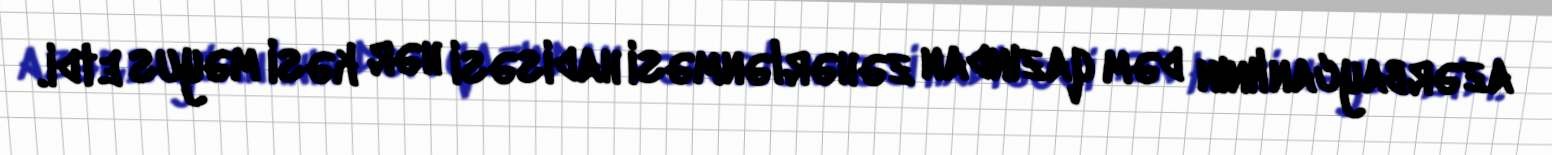
azərbaycanlının dəm qazından zəhərlənməsi hadisəsi hər kəsi məyus etdi.